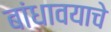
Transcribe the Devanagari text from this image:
बांधावयाचे